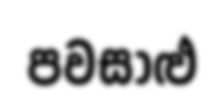
පවසාළු